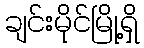
ချင်းမိုင်မြို့ရှိ